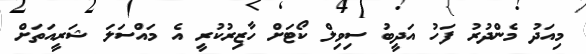
މިއަދު މެންދުރު ފަހު އަދީބު ސިވިލް ކޯޓަށް ހާޒިރުކުރީ އެ މައްސަލަ ޝަރީއަތަށް